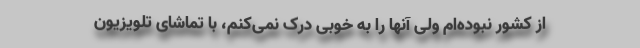
از کشور نبوده‌ام ولی آنها را به خوبی درک نمی‌کنم، با تماشای تلویزیون